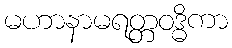
မဟာနာမရတ္တဝဒ္ဓိကာ